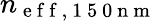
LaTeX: n_{\mathrm{~e~f~f~,~1~5~0~n~m~}}